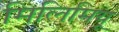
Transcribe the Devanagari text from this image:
मिलिमियू